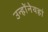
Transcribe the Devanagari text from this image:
उन्होंनेयहां